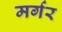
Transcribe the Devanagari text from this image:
मर्गर